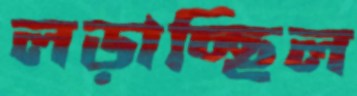
লড়াচ্ছিল